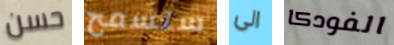
حسن ستسمح الى الفودكا